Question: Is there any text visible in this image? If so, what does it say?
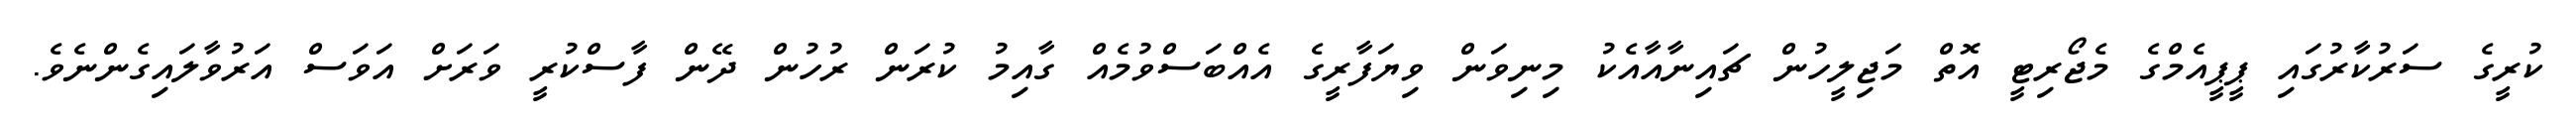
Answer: ކުރީގެ ސަރުކާރުގައި ޕީޕީއެމްގެ މެޖޯރިޓީ އޮތް މަޖިލީހުން ޗައިނާއާއެކު މިނިވަން ވިޔަފާރީގެ އެއްބަސްވުމެއް ގާއިމު ކުރަން ރުހުން ދޭން ފާސްކުރީ ވަރަށް އަވަސް އަރުވާލައިގެންނެވެ.